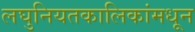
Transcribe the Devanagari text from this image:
लघुनियतकालिकांमधून